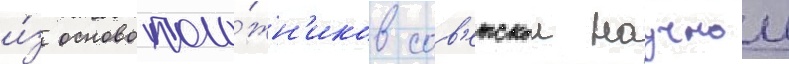
и́з основополо́жн'иков сов'етскои научнои